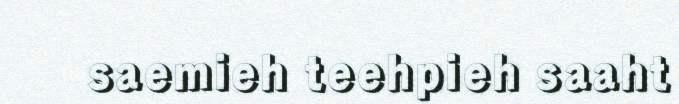
saemieh teehpieh saaht